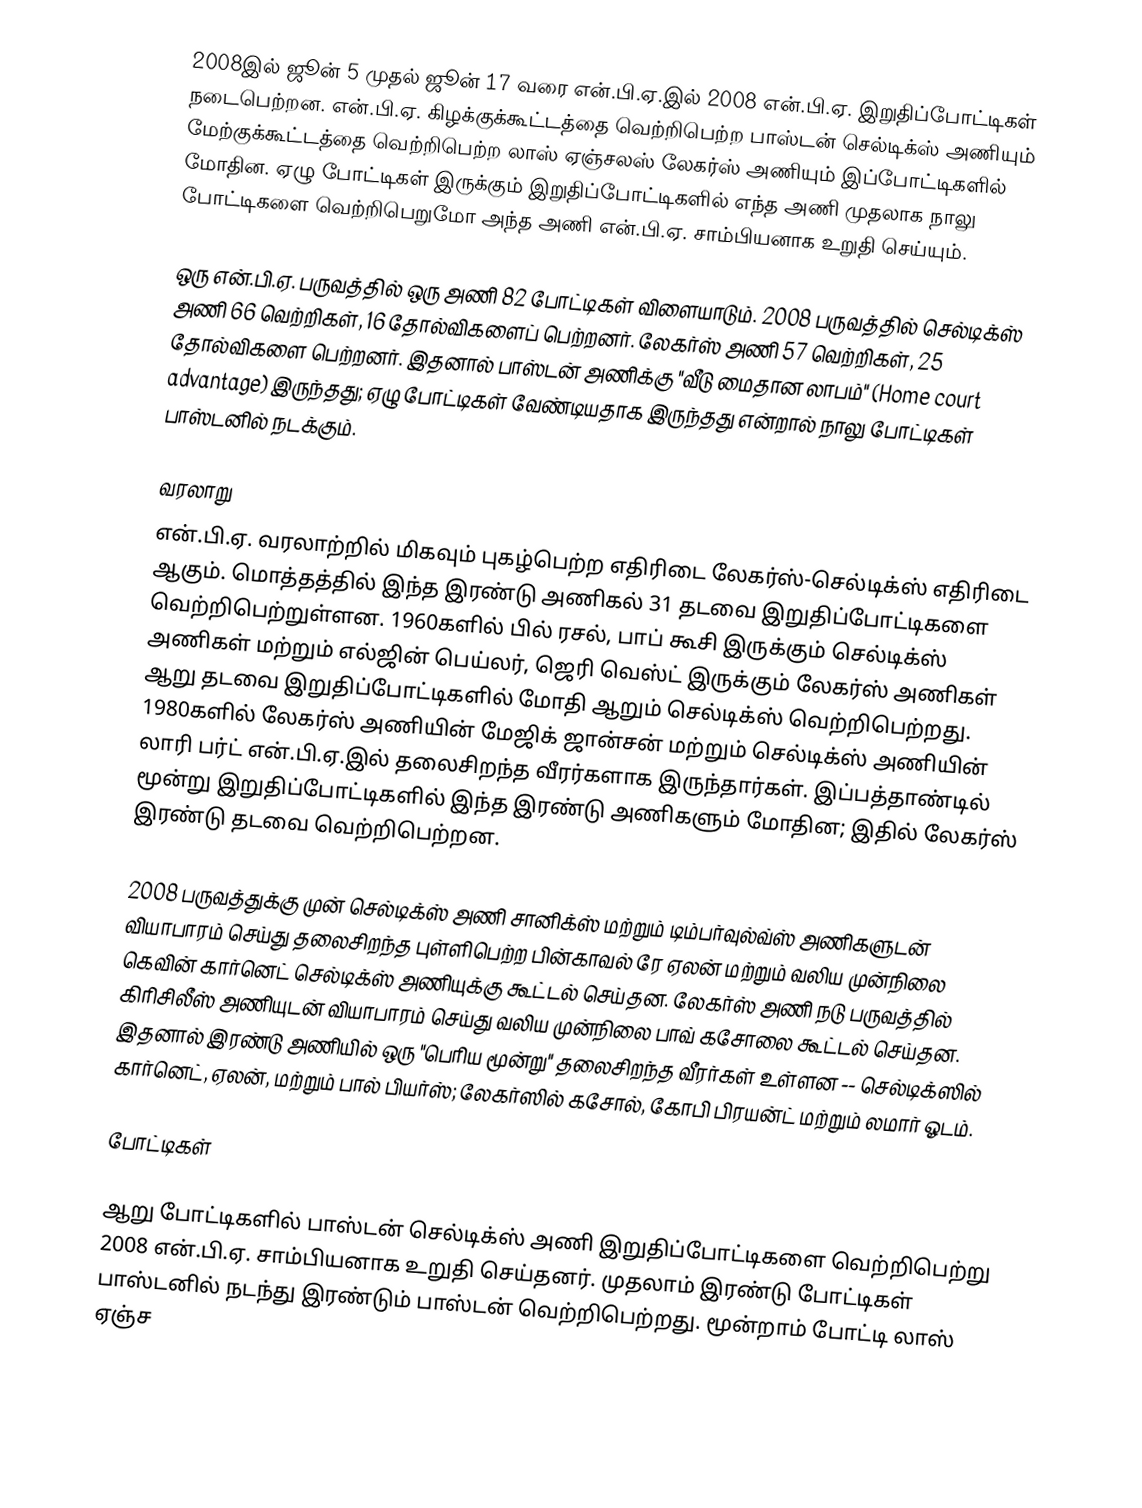
2008இல் ஜூன் 5 முதல் ஜூன் 17 வரை என்.பி.ஏ.இல் 2008 என்.பி.ஏ. இறுதிப்போட்டிகள் நடைபெற்றன. என்.பி.ஏ. கிழக்குக்கூட்டத்தை வெற்றிபெற்ற பாஸ்டன் செல்டிக்ஸ் அணியும் மேற்குக்கூட்டத்தை வெற்றிபெற்ற லாஸ் ஏஞ்சலஸ் லேகர்ஸ் அணியும் இப்போட்டிகளில் மோதின. ஏழு போட்டிகள் இருக்கும் இறுதிப்போட்டிகளில் எந்த அணி முதலாக நாலு போட்டிகளை வெற்றிபெறுமோ அந்த அணி என்.பி.ஏ. சாம்பியனாக உறுதி செய்யும்.

ஒரு என்.பி.ஏ. பருவத்தில் ஒரு அணி 82 போட்டிகள் விளையாடும். 2008 பருவத்தில் செல்டிக்ஸ் அணி 66 வெற்றிகள், 16 தோல்விகளைப் பெற்றனர். லேகர்ஸ் அணி 57 வெற்றிகள், 25 தோல்விகளை பெற்றனர். இதனால் பாஸ்டன் அணிக்கு "வீடு மைதான லாபம்" (Home court advantage) இருந்தது; ஏழு போட்டிகள் வேண்டியதாக இருந்தது என்றால் நாலு போட்டிகள் பாஸ்டனில் நடக்கும்.

வரலாறு
என்.பி.ஏ. வரலாற்றில் மிகவும் புகழ்பெற்ற எதிரிடை லேகர்ஸ்-செல்டிக்ஸ் எதிரிடை ஆகும். மொத்தத்தில் இந்த இரண்டு அணிகல் 31 தடவை இறுதிப்போட்டிகளை வெற்றிபெற்றுள்ளன. 1960களில் பில் ரசல், பாப் கூசி இருக்கும் செல்டிக்ஸ் அணிகள் மற்றும் எல்ஜின் பெய்லர், ஜெரி வெஸ்ட் இருக்கும் லேகர்ஸ் அணிகள் ஆறு தடவை இறுதிப்போட்டிகளில் மோதி ஆறும் செல்டிக்ஸ் வெற்றிபெற்றது. 1980களில் லேகர்ஸ் அணியின் மேஜிக் ஜான்சன் மற்றும் செல்டிக்ஸ் அணியின் லாரி பர்ட் என்.பி.ஏ.இல் தலைசிறந்த வீரர்களாக இருந்தார்கள். இப்பத்தாண்டில் மூன்று இறுதிப்போட்டிகளில் இந்த இரண்டு அணிகளும் மோதின; இதில் லேகர்ஸ் இரண்டு தடவை வெற்றிபெற்றன.

2008 பருவத்துக்கு முன் செல்டிக்ஸ் அணி சானிக்ஸ் மற்றும் டிம்பர்வுல்வ்ஸ் அணிகளுடன் வியாபாரம் செய்து தலைசிறந்த புள்ளிபெற்ற பின்காவல் ரே ஏலன் மற்றும் வலிய முன்நிலை கெவின் கார்னெட் செல்டிக்ஸ் அணியுக்கு கூட்டல் செய்தன. லேகர்ஸ் அணி நடு பருவத்தில் கிரிசிலீஸ் அணியுடன் வியாபாரம் செய்து வலிய முன்நிலை பாவ் கசோலை கூட்டல் செய்தன. இதனால் இரண்டு அணியில் ஒரு "பெரிய மூன்று" தலைசிறந்த வீரர்கள் உள்ளன -- செல்டிக்ஸில் கார்னெட், ஏலன், மற்றும் பால் பியர்ஸ்; லேகர்ஸில் கசோல், கோபி பிரயன்ட் மற்றும் லமார் ஓடம்.

போட்டிகள்

ஆறு போட்டிகளில் பாஸ்டன் செல்டிக்ஸ் அணி இறுதிப்போட்டிகளை வெற்றிபெற்று 2008 என்.பி.ஏ. சாம்பியனாக உறுதி செய்தனர். முதலாம் இரண்டு போட்டிகள் பாஸ்டனில் நடந்து இரண்டும் பாஸ்டன் வெற்றிபெற்றது. மூன்றாம் போட்டி லாஸ் ஏஞ்ச